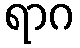
ရာဂ